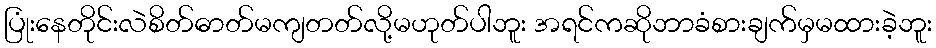
ပြုံးနေတိုင်းလဲစိတ်ဓာတ်မကျတတ်လို့မဟုတ်ပါဘူး အရင်ကဆိုဘာခံစားချက်မှမထားခဲ့ဘူး